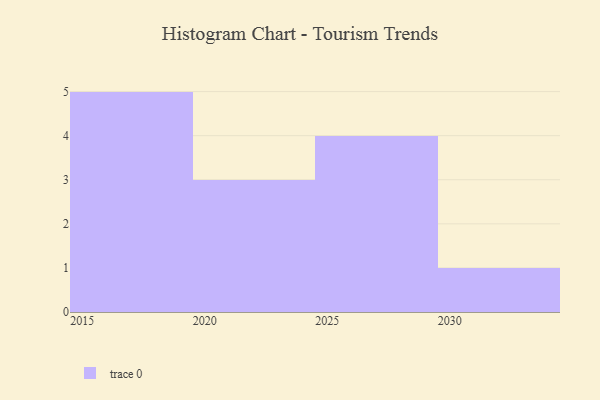
{"axis": {"x": "Year", "y": "Revenue (USD Million)"}, "legend": [""], "data": [{"x": "2025", "y": 27, "type": ""}, {"x": "2028", "y": 1, "type": ""}, {"x": "2020", "y": 75, "type": ""}, {"x": "2019", "y": 32, "type": ""}, {"x": "2022", "y": 32, "type": ""}, {"x": "2018", "y": 85, "type": ""}, {"x": "2015", "y": 35, "type": ""}, {"x": "2016", "y": 7, "type": ""}, {"x": "2030", "y": 35, "type": ""}, {"x": "2026", "y": 47, "type": ""}, {"x": "2029", "y": 69, "type": ""}, {"x": "2021", "y": 89, "type": ""}, {"x": "2017", "y": 57, "type": ""}]}